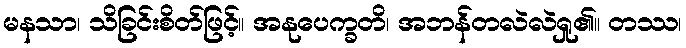
မနသာ၊ သိခြင်းစိတ်ဖြင့်။ အနုပေက္ခတိ၊ အဘန်တလဲလဲရှု၏။ တဿ၊